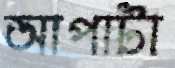
আপাটা